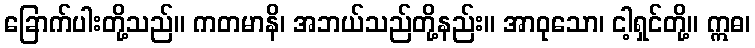
ခြောက်ပါးတို့သည်။ ကတမာနိ၊ အဘယ်သည်တို့နည်း။ အာဝုသော၊ ငါ့ရှင်တို့။ ဣဓ၊